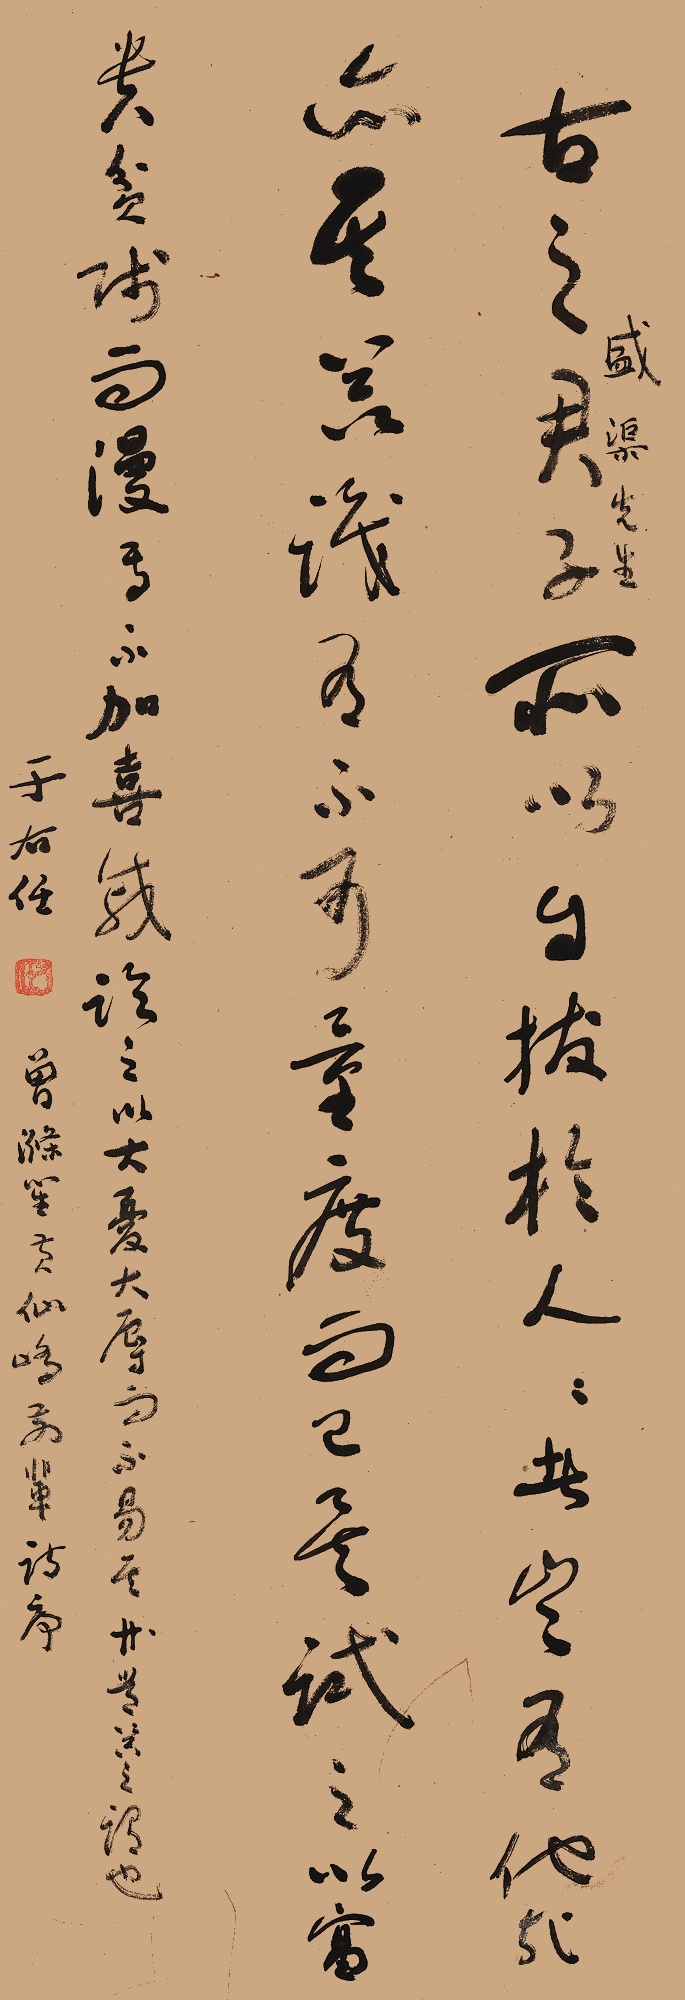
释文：古之君子所以自拔于人人者，岂有他哉，亦其器识有不可量度而已矣。试之以富贵贫贱，而漫焉不加喜戚；临之以大忧大辱，而不易其常，器之谓也。盛渠先生。于右任。曾涤笙《黄仙峤前辈诗序》。